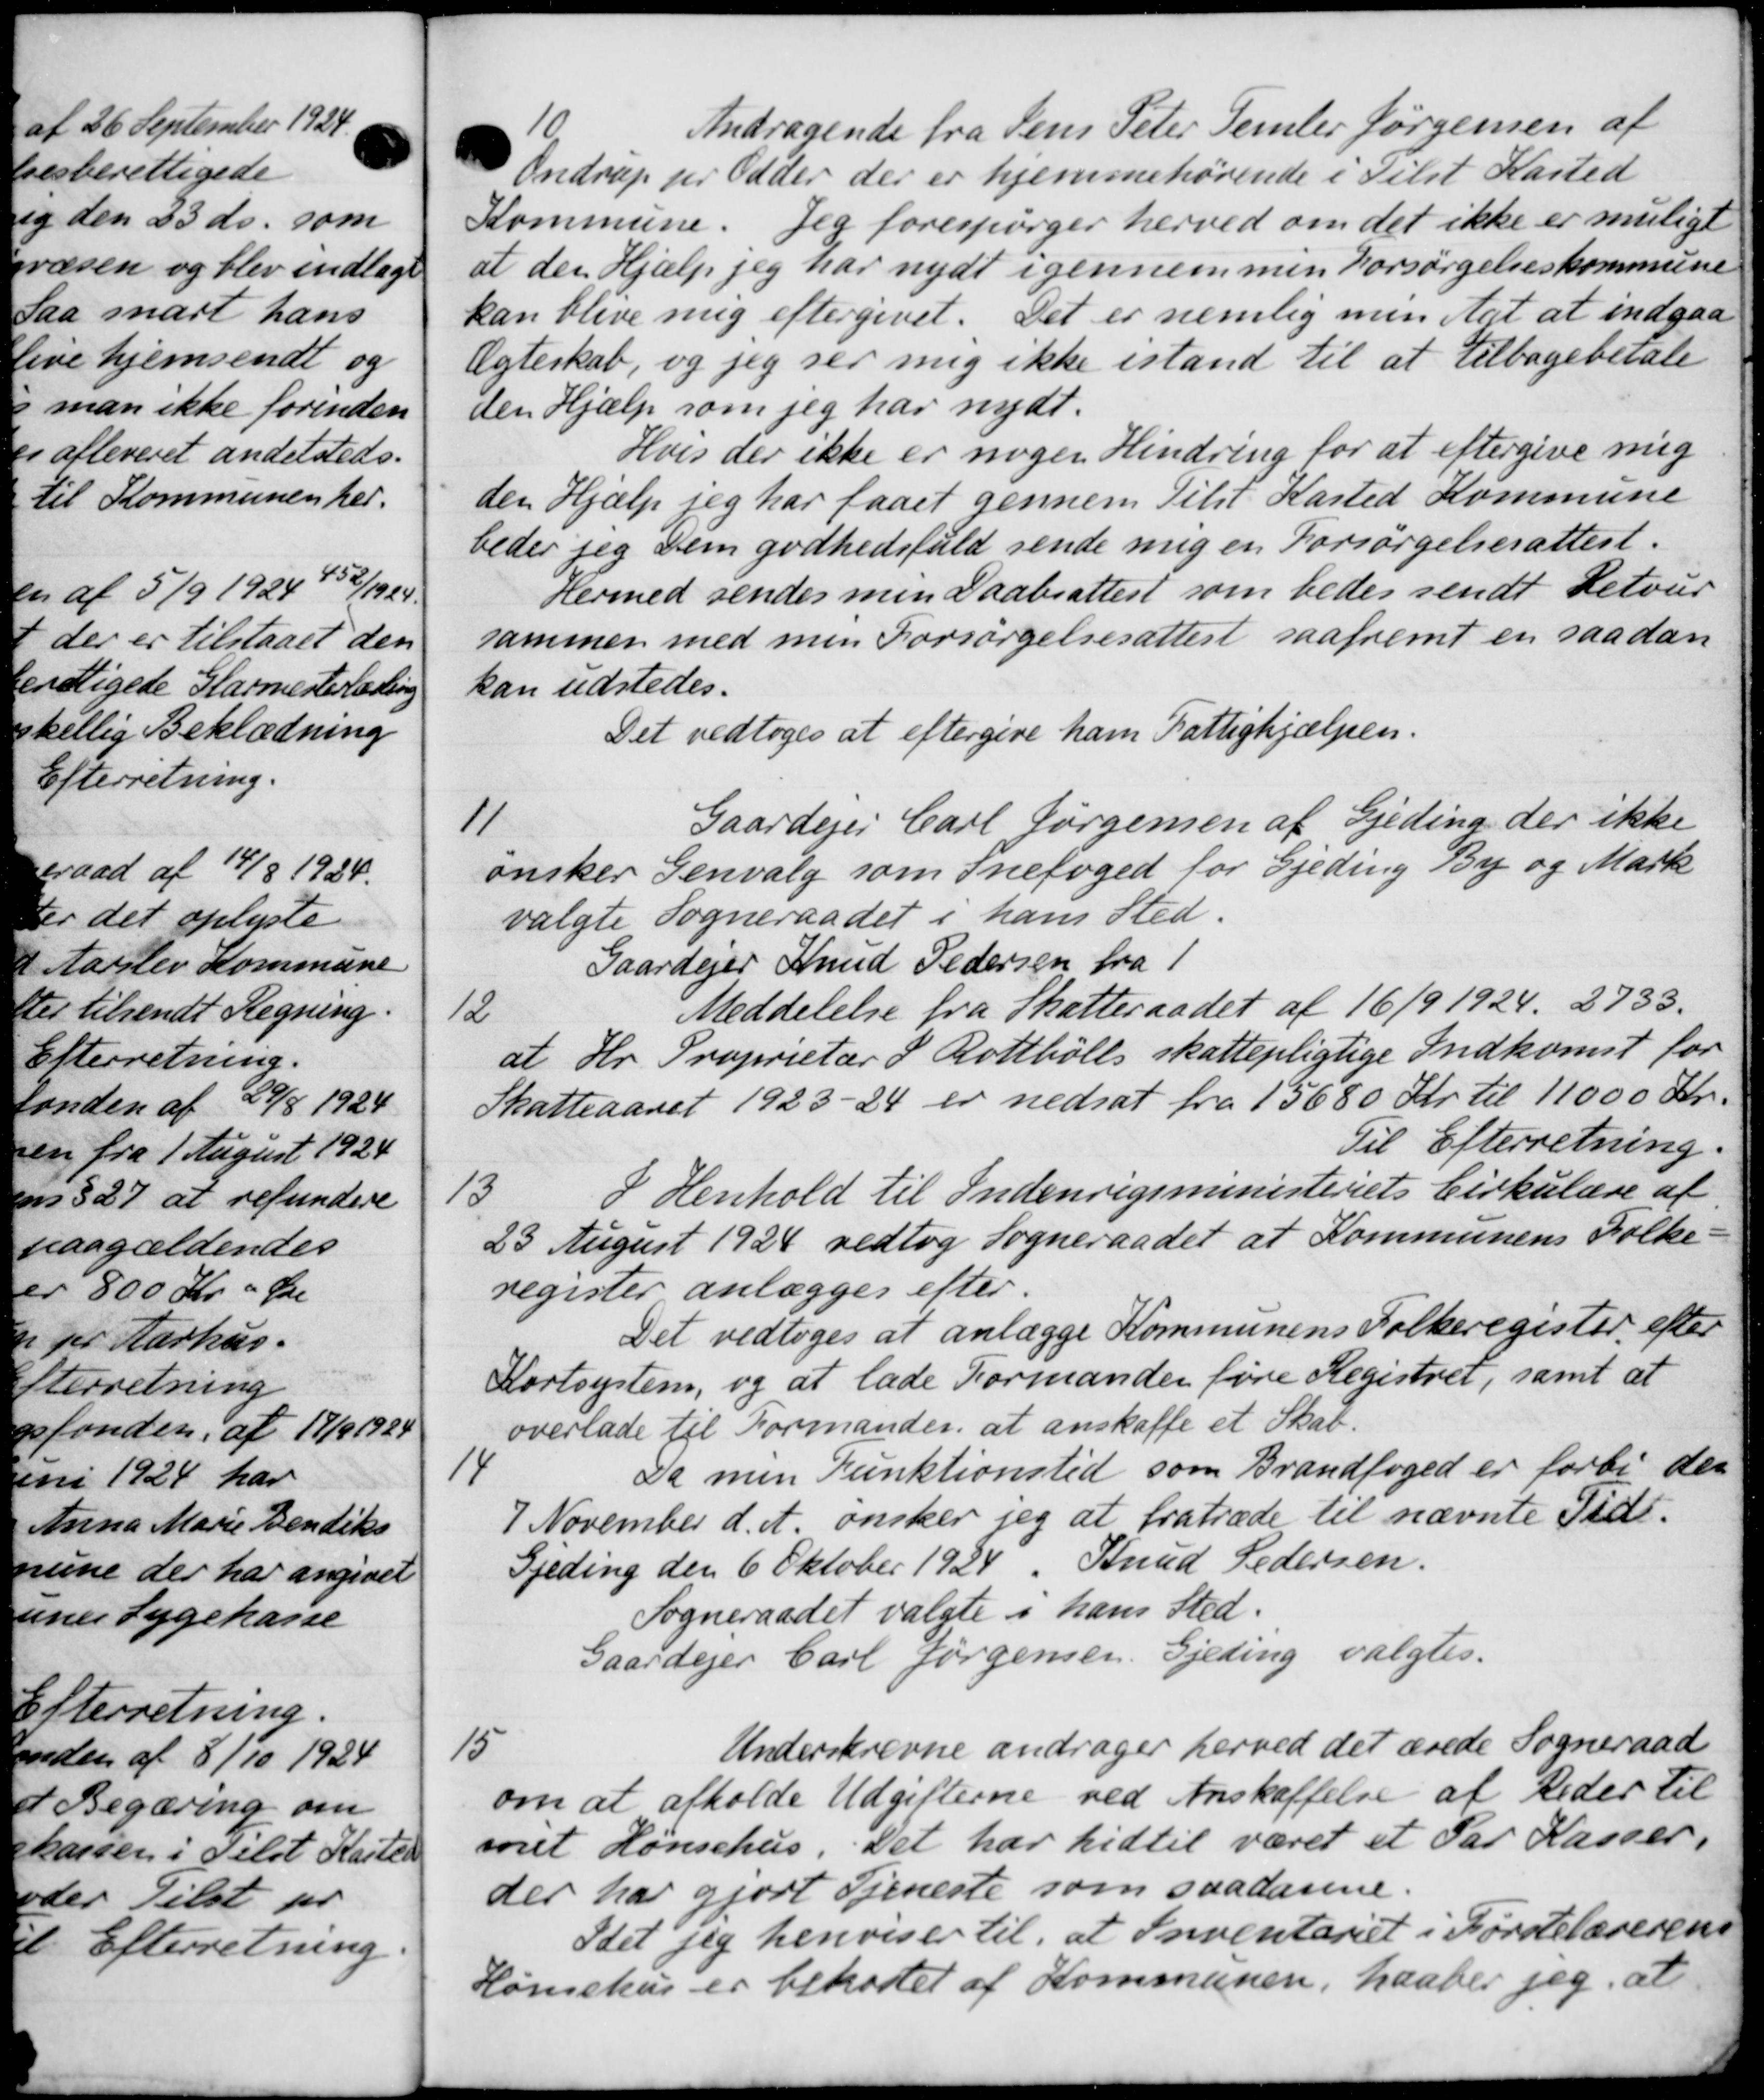
Transskription:
10
Andragende fra Jens Peter Temler Jørgensen af
Ordrup pr Odder der er hjemmehørende i Tilst Kasted
Kommune. Jeg forespørger herved om det ikke er muligt
at den Hjælp jeg har nydt igennem men Forsørgelseskommune
kan blive mig eftergivet. Det er nemlig men dat at indgaa
Ægteskab, og jeg ser mig ikke istand til at tilbagebetale
den Hjælp som jeg har nydt.
Hvis der ikke er nogen Hindring for at eftergive mig
den Hjælp jeg har faaet gennem Tilst Kasted Kommune
beder jeg Dem godhedsfuld sende mig en Forsørgelsesattest.
Hermed sendes min Daabsattest som bedes sendt Retour
sammen med men Forsørgelsesattest saafremt en saadan
kan udstedes.
Det vedtoges at eftergive ham Fattighjælpen.
11
Gaardejer Carl Jørgensen af Gjeding der ikke
ønsker Genvalg som Snefoged for Gjeding By og Mark
valgte Sogneraadet i hans Sted.
Gaardejer Knud Pedersen fra 1
12
Meddelelse fra Skatteraadet af 16/9 1924, 2733.
at Hr. Proprietær & Rottbólls skattepligtige Indkomst for
Skatteaaret 1923-24 er nedsat fra 15680 Kr. til 11000 Kr.
Til Efterretning.
13
I Henhold til Indenrigsministeriets Cirkulære af
23 August 1924 vedtog Sogneraadet at Kommunens Folke-
register anlægges efter.
Det vedtoges at anlægge Kommunens Folkeregister efter
Kortsystem, og at lade Formanden føre Registret, samt at
overlade til Formanden at anskaffe et Skat.
14
Da men Funktionsted som Brandfoged er forbi den
7 November d. A. ønsker jeg at fratræde til nævnte Tid.
Gjeding den 6 Oktober 1924, Knud Pedersen.
Sogneraadet valgte i hans Sted.
Gaardejer Carl Jørgensen. Gjeding valgtes.
15
Underskrevne andrager herved det ærede Sogneraad
om at afholde Udgifterne ved Anskaffelse af Reder til
anet Hønsehus. Det har hidtil været et Par Kasser.
der har gjort Tjeneste som saadanne.
Idet jeg henviser til, at Inventariet i Førstelærerens
lønsehus er beholdet af Kommunen, haaber jeg, at